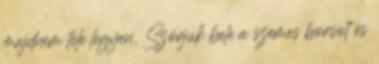
majdnem tele legyen. Szórjuk bele a szemes borsot és